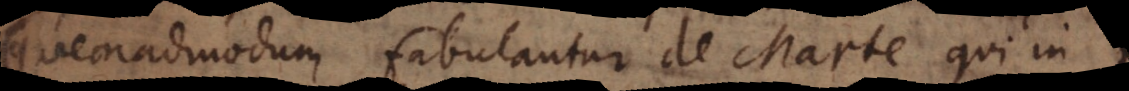
(quemadmodum fabulantur de Marte qui in